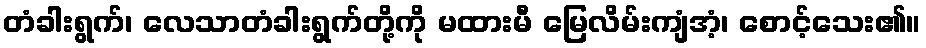
တံခါးရွက်၊ လေသာတံခါးရွက်တို့ကို မထားမီ မြေလိမ်းကျံအံ့၊ စောင့်သေး၏။